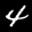
Label: 4